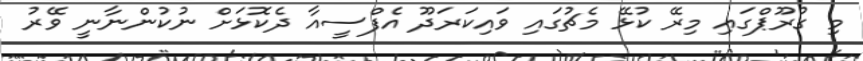
މި ގުރޫޕްގައި މިރޭ ކުޅޭ މެޗުގައި ވައިކަރަދޫ އެފްސީއާ ދެކޮޅަށް ނުކުންނާނީ ވޭރު